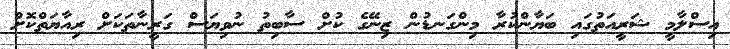
އިސްލާމީ ޝަރީއަތުގައި ބަޔާންކުރާ މިންގަނޑުން ޒިނޭގެ ކުށް ސާބިތު ނުވިޔަސް ގަރީނާތަކަށް ރިއާޔަތްކޮށް